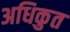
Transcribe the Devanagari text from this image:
अधिकुत